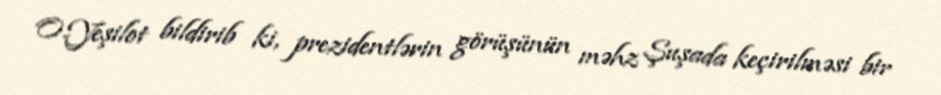
O.Yeşilot bildirib ki, prezidentlərin görüşünün məhz Şuşada keçirilməsi bir